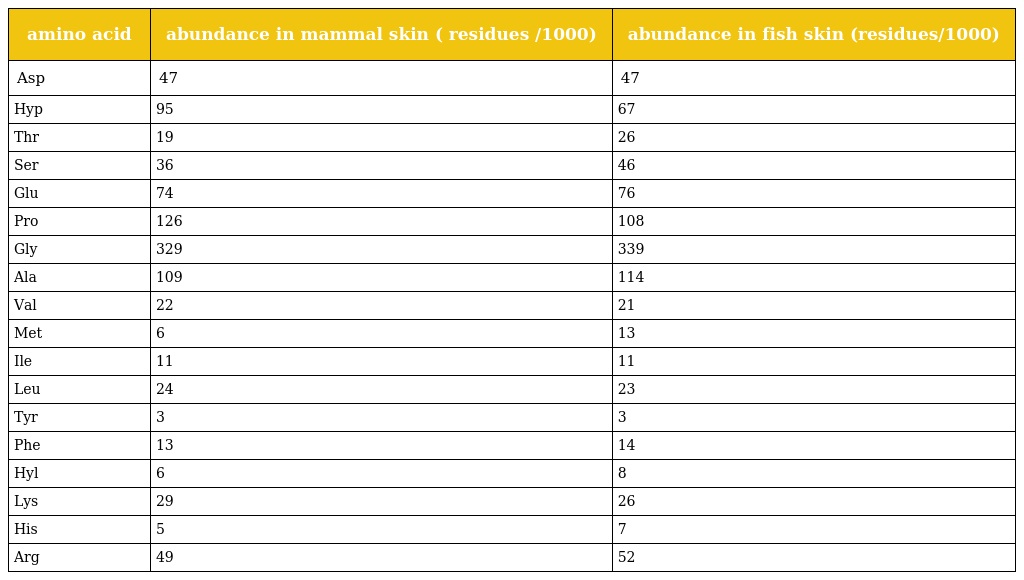
| amino acid | abundance in mammal skin ( residues /1000) | abundance in fish skin (residues/1000) |
 | --- | --- | --- |
 | Asp | 47 | 47 |
 | Hyp | 95 | 67 |
 | Thr | 19 | 26 |
 | Ser | 36 | 46 |
 | Glu | 74 | 76 |
 | Pro | 126 | 108 |
 | Gly | 329 | 339 |
 | Ala | 109 | 114 |
 | Val | 22 | 21 |
 | Met | 6 | 13 |
 | Ile | 11 | 11 |
 | Leu | 24 | 23 |
 | Tyr | 3 | 3 |
 | Phe | 13 | 14 |
 | Hyl | 6 | 8 |
 | Lys | 29 | 26 |
 | His | 5 | 7 |
 | Arg | 49 | 52 |